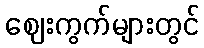
ဈေးကွက်များတွင်